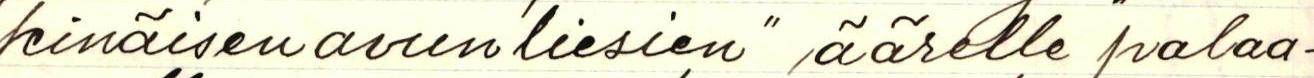
kinäisen avunliesien" äärelle palaa-